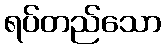
ရပ်တည်သော